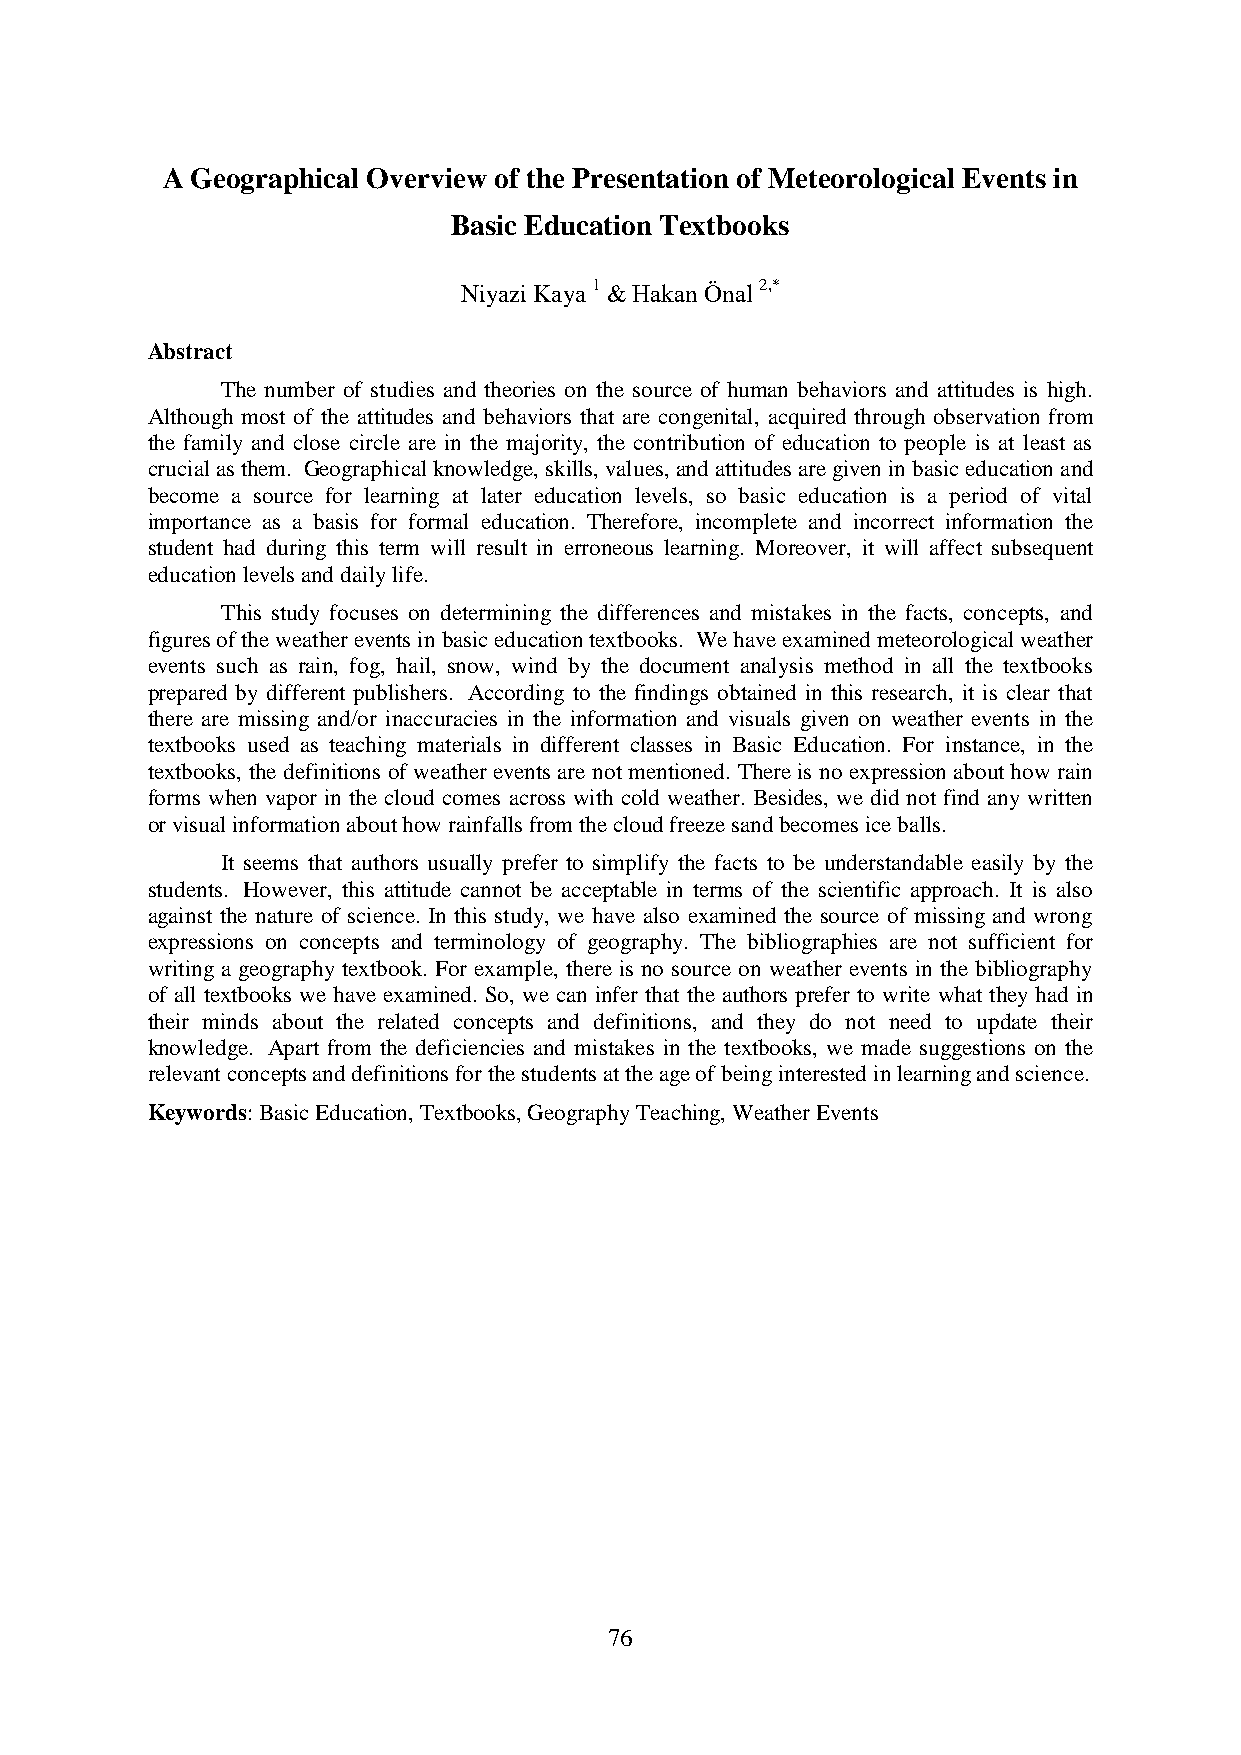
A Geographical Overview of the Presentation of Meteorological Events in
 Basic Education Textbooks
 Niyazi Kaya 1 & Hakan Önal 2,*
 Abstract
 The number of studies and theories on the source of human behaviors and attitudes is high.
 Although most of the attitudes and behaviors that are congenital, acquired through observation from
 the family and close circle are in the majority, the contribution of education to people is at least as
 crucial as them. Geographical knowledge, skills, values, and attitudes are given in basic education and
 become a source for learning at later education levels, so basic education is a period of vital
 importance as a basis for formal education. Therefore, incomplete and incorrect information the
 student had during this term will result in erroneous learning. Moreover, it will affect subsequent
 education levels and daily life.
 This study focuses on determining the differences and mistakes in the facts, concepts, and
 figures of the weather events in basic education textbooks. We have examined meteorological weather
 events such as rain, fog, hail, snow, wind by the document analysis method in all the textbooks
 prepared by different publishers. According to the findings obtained in this research, it is clear that
 there are missing and/or inaccuracies in the information and visuals given on weather events in the
 textbooks used as teaching materials in different classes in Basic Education. For instance, in the
 textbooks, the definitions of weather events are not mentioned. There is no expression about how rain
 forms when vapor in the cloud comes across with cold weather. Besides, we did not find any written
 or visual information about how rainfalls from the cloud freeze sand becomes ice balls.
 It seems that authors usually prefer to simplify the facts to be understandable easily by the
 students. However, this attitude cannot be acceptable in terms of the scientific approach. It is also
 against the nature of science. In this study, we have also examined the source of missing and wrong
 expressions on concepts and terminology of geography. The bibliographies are not sufficient for
 writing a geography textbook. For example, there is no source on weather events in the bibliography
 of all textbooks we have examined. So, we can infer that the authors prefer to write what they had in
 their minds about the related concepts and definitions, and they do not need to update their
 knowledge. Apart from the deficiencies and mistakes in the textbooks, we made suggestions on the
 relevant concepts and definitions for the students at the age of being interested in learning and science.
 Keywords: Basic Education, Textbooks, Geography Teaching, Weather Events
 76